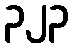
၃၂၃